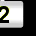
Digit: 2